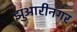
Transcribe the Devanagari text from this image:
झुआरीनगर